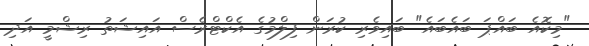
"މިކޮއެ ބައްޕަ ބައެބައެ" ބައިވެރި ކުރަން ފިލްމުގެ އެކްޓްރެސް އައިޝަތު ރިޝްމީ އަދި